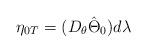
LaTeX: \begin{align*}\eta_{0T}= (D_{\theta}\hat\Theta_{0})d\lambda\end{align*}